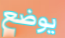
يوضع